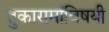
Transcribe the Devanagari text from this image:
तुकारामांविषयी